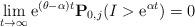
LaTeX: \begin{align*}\lim_{t\to\infty}{\rm e}^{(\theta-\alpha)t}\mathbf{P}_{0,j}(I >{\rm e}^{\alpha t}) = 0\end{align*}